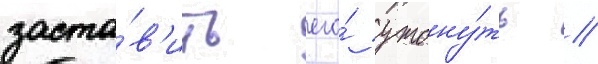
заста́в'ить его́ утону́ть //